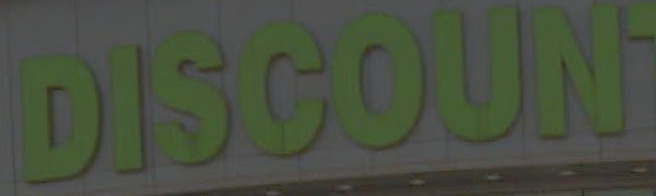
DISSOUN